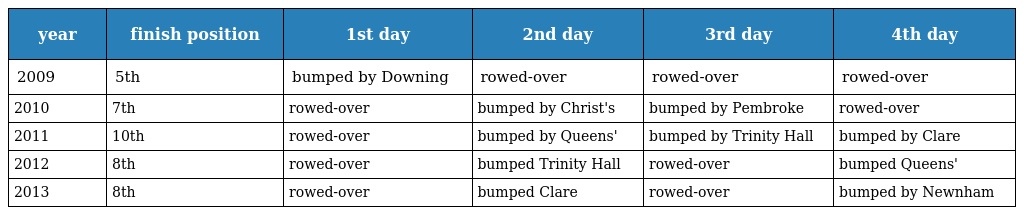
| year | finish position | 1st day | 2nd day | 3rd day | 4th day |
 | --- | --- | --- | --- | --- | --- |
 | 2009 | 5th | bumped by Downing | rowed-over | rowed-over | rowed-over |
 | 2010 | 7th | rowed-over | bumped by Christ's | bumped by Pembroke | rowed-over |
 | 2011 | 10th | rowed-over | bumped by Queens' | bumped by Trinity Hall | bumped by Clare |
 | 2012 | 8th | rowed-over | bumped Trinity Hall | rowed-over | bumped Queens' |
 | 2013 | 8th | rowed-over | bumped Clare | rowed-over | bumped by Newnham |